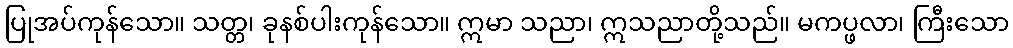
ပြုအပ်ကုန်သော။ သတ္တ၊ ခုနစ်ပါးကုန်သော။ ဣမာ သညာ၊ ဣသညာတို့သည်။ မကပ္ဖလာ၊ ကြီးသော